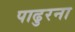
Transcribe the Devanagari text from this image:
पाढुरना